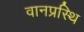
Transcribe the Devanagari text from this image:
वानप्रस्थि